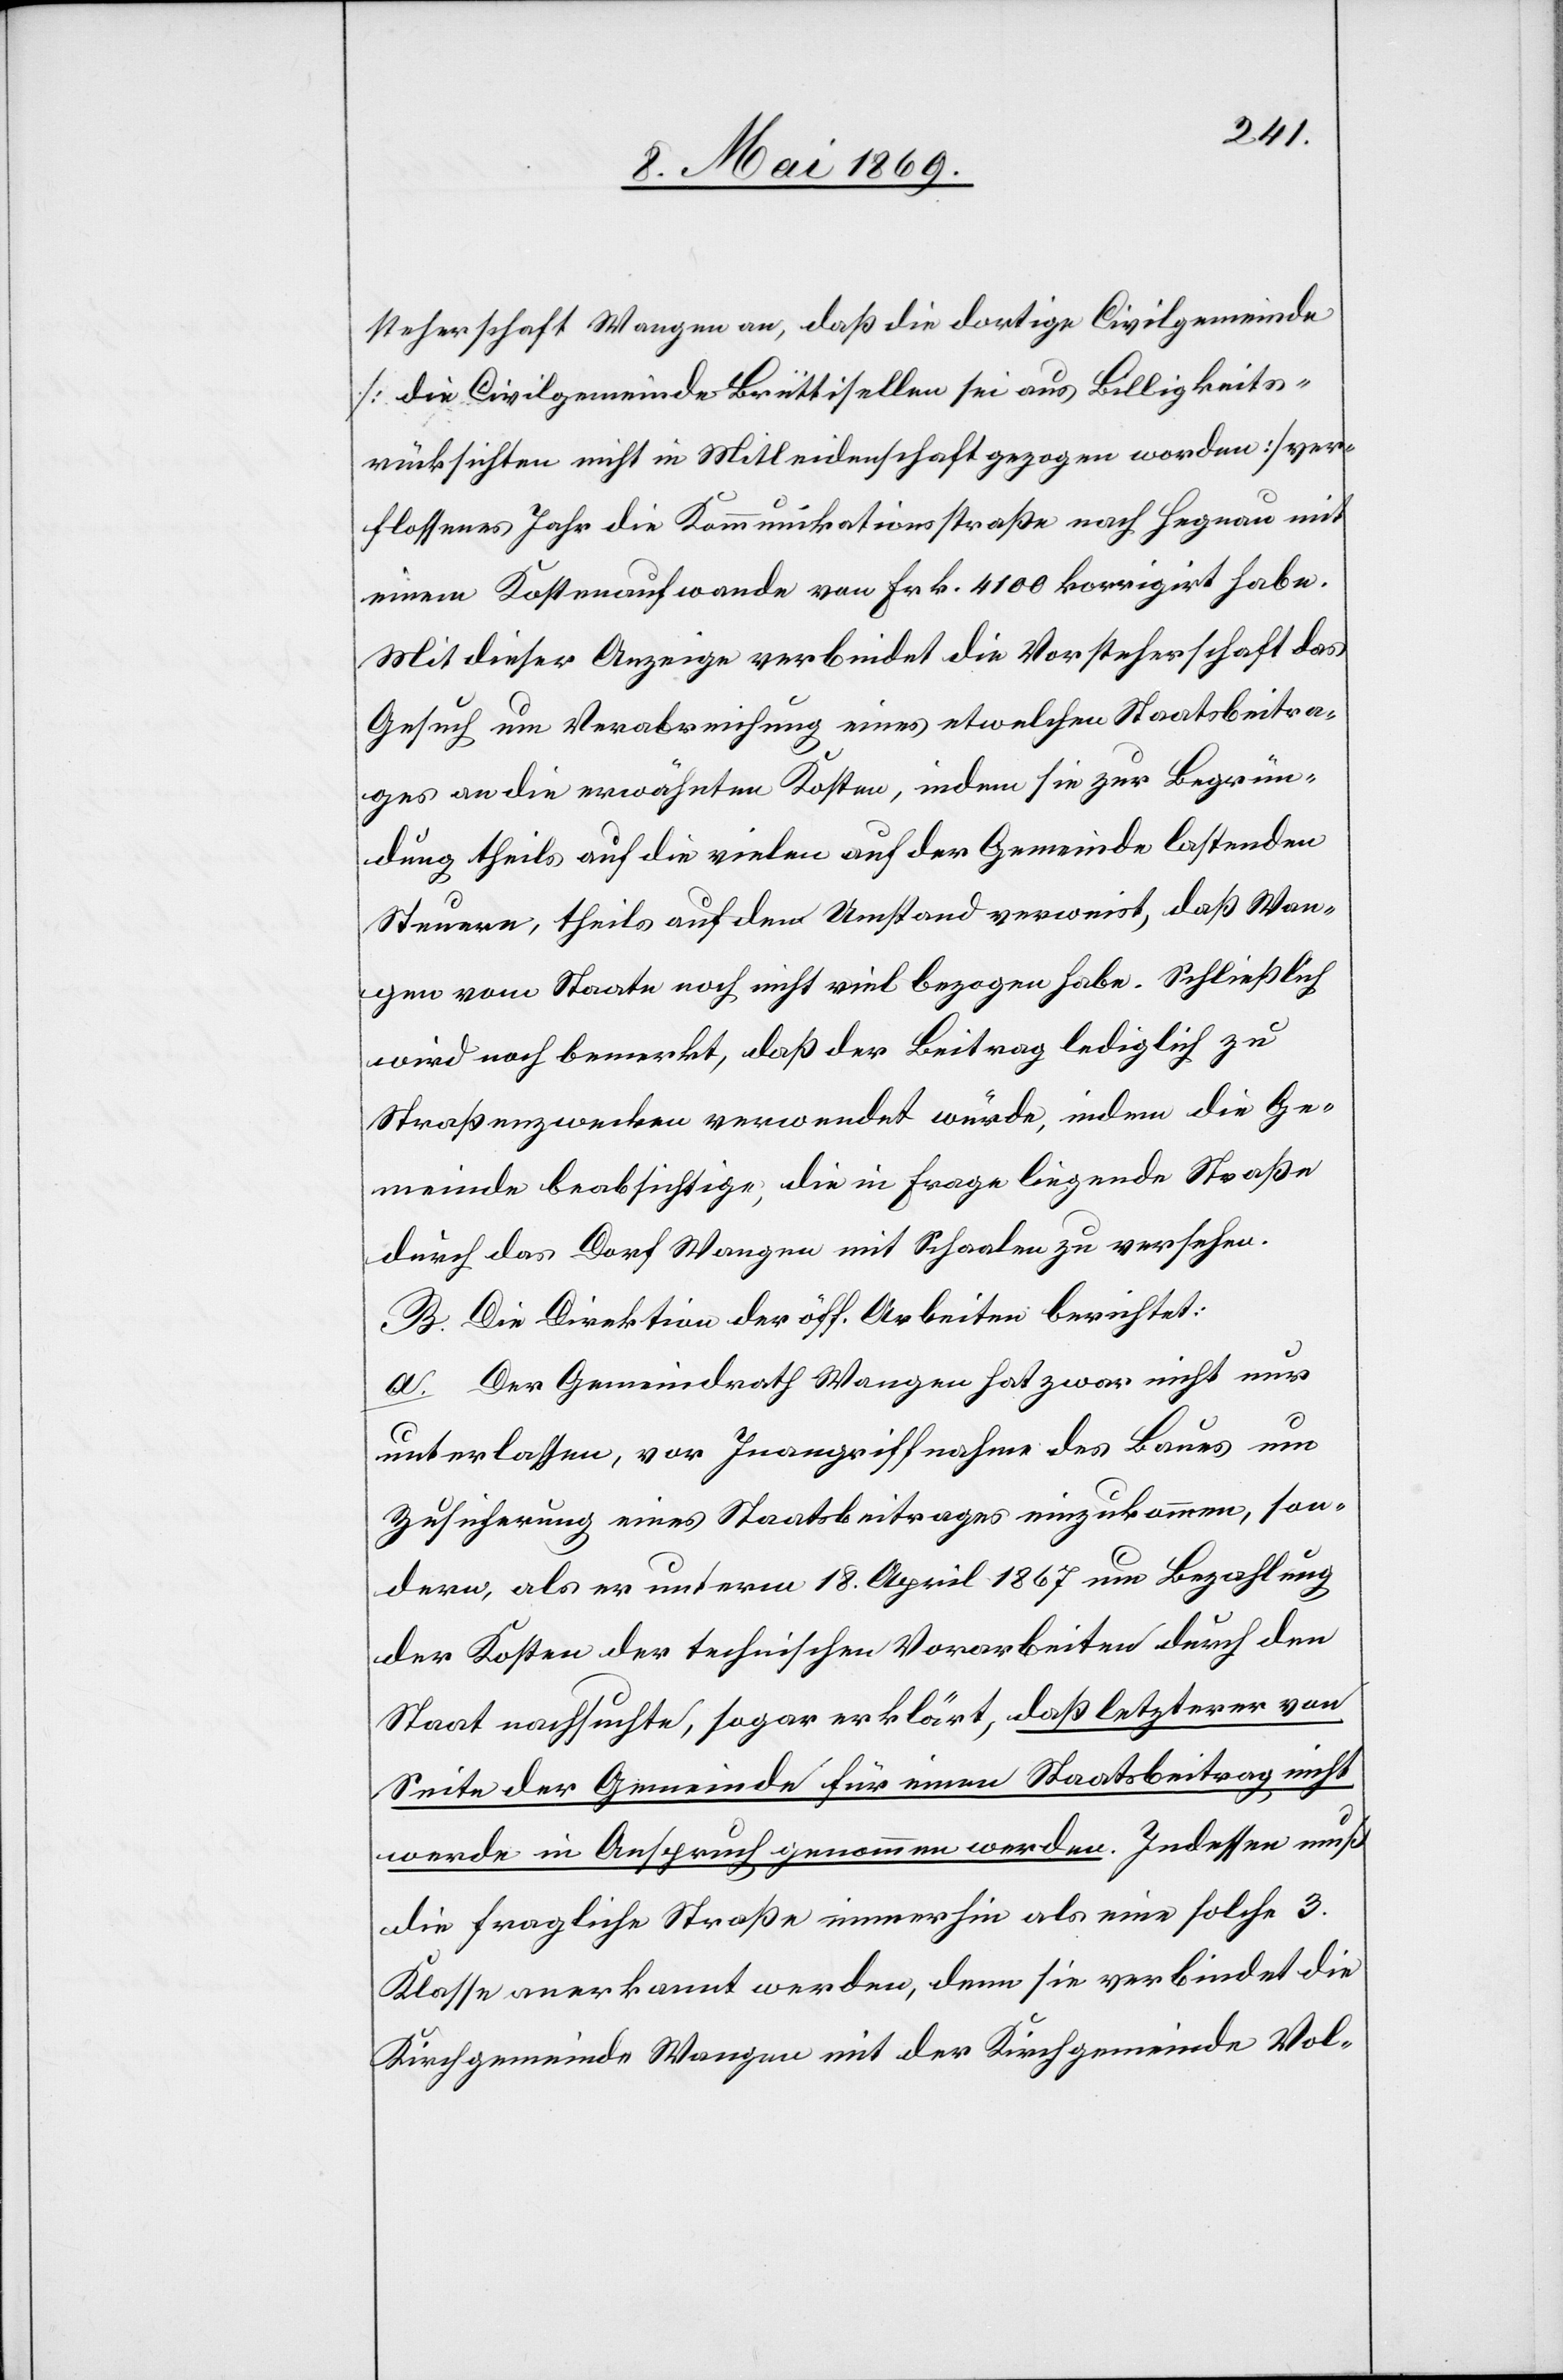
steherschaft Wangen an, daß die dortige Civilgemeinde
[die Civilgemeinde Brüttisellen sei aus Billigkeits¬
rücksichten nicht in Mitleidenschaft gezogen worden] ver¬
flossenes Jahr die Kommunikationsstraße nach Hegnau mit
einem Kostenaufwande von Frk. 4100 korrigirt habe.
Mit dieser Anzeige verbindet die Vorsteherschaft das
Gesuch um Verabreichung eines etwelchen Staatsbeitra¬
ges an die erwähnten Kosten, indem sie zur Begrün¬
dung theils auf die vielen auf der Gemeinde lastenden
Steuern, theils auf den Umstand verweist, daß Wan¬
gen vom Staate noch nicht viel bezogen habe. Schließlich
wird noch bemerkt, daß der Beitrag lediglich zu
Straßenzwecken verwendet würde, indem die Ge¬
meinde beabsichtige, die in Frage liegende Straße
durch das Dorf Wangen mit Schaalen zu versehen.
B. Die Direktion der öff. Arbeiten berichtet:
a. Der Gemeindrath Wangen hat zwar nicht nur
unterlassen, vor Inangriffnahme des Baues um
Zusicherung eines Staatsbeitrages einzukommen, son¬
dern, als er unterm 18. April 1867 um Bezahlung
der Kosten der technischen Vorarbeiten durch den
Staat nachsuchte, sogar erklärt, daß letzterer von
Seite der Gemeinde für einen Staatsbeitrag nicht
werde in Anspruch genommen werden. Indessen muß
die fragliche Straße immerhin als eine solche 3.
Klasse anerkannt werden, denn sie verbindet die
Kirchgemeinde Wangen mit der Kirchgemeinde Vol-